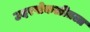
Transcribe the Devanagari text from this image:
उदरपोकळीतला